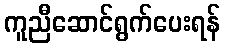
ကူညီဆောင်ရွက်ပေးရန်